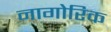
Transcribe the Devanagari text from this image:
नागोरिक